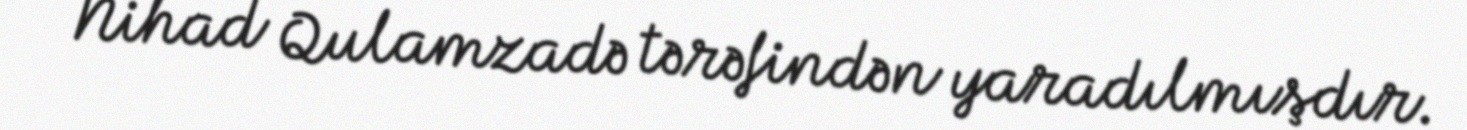
Nihad Qulamzadə tərəfindən yaradılmışdır.